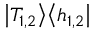
\left| T _ { 1 , 2 } \right> \! \left< h _ { 1 , 2 } \right|